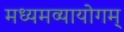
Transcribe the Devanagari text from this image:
मध्यमव्यायोगम्